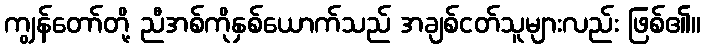
ကျွန်တော်တို့ ညီအစ်ကိုနှစ်ယောက်သည် အချစ်ငတ်သူများလည်း ဖြစ်၏။